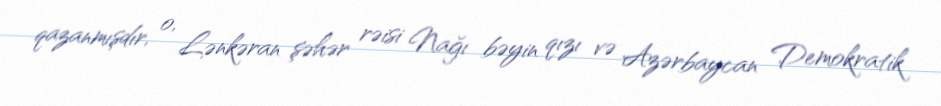
qazanmışdır, o, Lənkəran şəhər rəisi Nağı bəyin qızı və Azərbaycan Demokratik